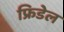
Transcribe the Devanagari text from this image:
फ्रिडेल